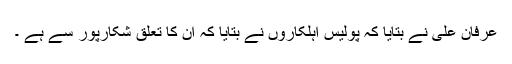
عرفان علی نے بتایا کہ پولیس اہلکاروں نے بتایا کہ ان کا تعلق شکارپور سے ہے ۔